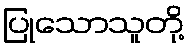
ပြုသောသူတို့